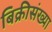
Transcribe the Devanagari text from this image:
बिक्रीसंख्या